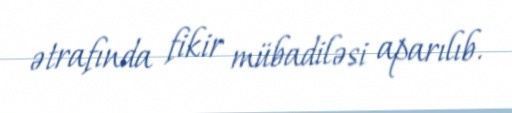
ətrafında fikir mübadiləsi aparılıb.